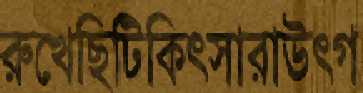
রুখেছিটিকিৎসারাউৎগ